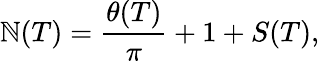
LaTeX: \mathbb{N}(T)={\frac{{\theta(T)}}{{\pi}}}+1+S(T),